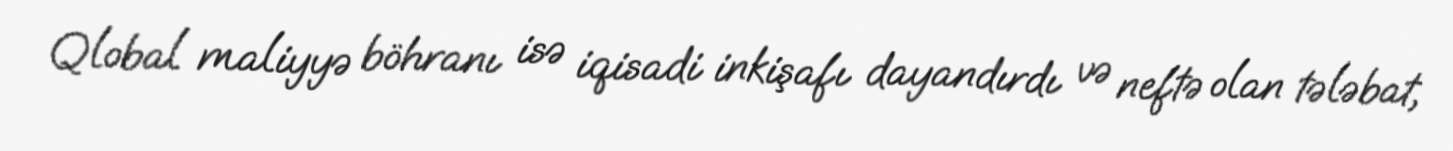
Qlobal maliyyə böhranı isə iqisadi inkişafı dayandırdı və neftə olan tələbat,